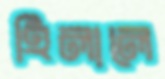
হিলালে